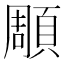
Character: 𮨒